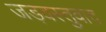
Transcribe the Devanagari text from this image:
जड़वस्तुवाद